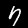
Label: 7